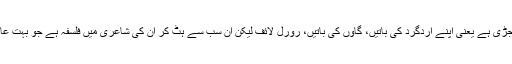
اُن کی زیادہ تر شاعری زمین سے جُڑی ہے یعنی اپنے اردگرد کی باتیں، گاؤں کی باتیں، رُورل لائف لیکن اِن سب سے ہٹ کر اُن کی شاعری میں فلسفہ ہے جو بُہت عام فہم اور دِل کو چُھو لینے والا ہے۔